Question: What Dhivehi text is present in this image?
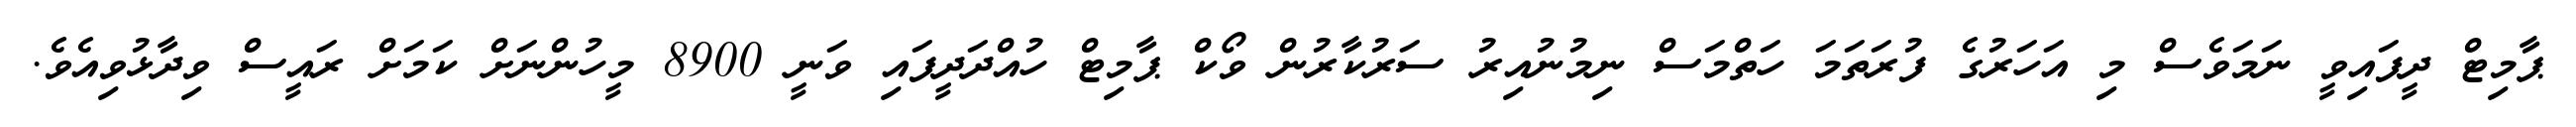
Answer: ޕާމިޓް ދީފައިވީ ނަމަވެސް މި އަހަރުގެ ފުރަތަމަ ހަތްމަސް ނިމުނުއިރު ސަރުކާރުން ވޯކް ޕާމިޓް ހުއްދަދީފައި ވަނީ 8900 މީހުންނަށް ކަމަށް ރައީސް ވިދާޅުވިއެވެ.